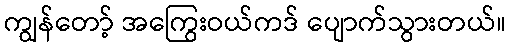
ကျွန်တော့် အကြွေးဝယ်ကဒ် ပျောက်သွားတယ်။